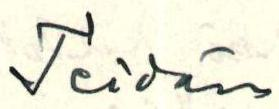
Teidän